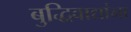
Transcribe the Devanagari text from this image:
बुद्धिवाद्यांना